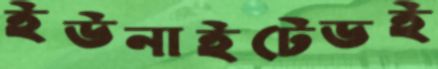
ইউনাইটেডই